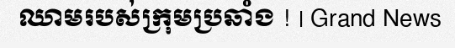
ឈាមរបស់ក្រុមប្រឆាំង ! | Grand News